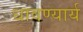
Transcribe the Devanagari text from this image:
धावण्यार्य